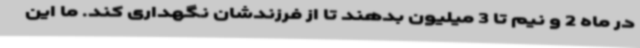
در ماه 2 و نیم تا 3 میلیون بدهند تا از فرزندشان نگهداری کند. ما این